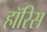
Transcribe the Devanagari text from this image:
हॉरिस